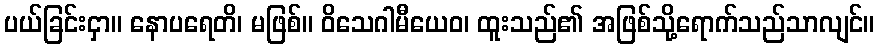
ပယ်ခြင်းငှာ။ နောပရေတိ၊ မဖြစ်။ ဝိသေဂါမီယေဝ၊ ထူးသည်၏ အဖြစ်သို့ရောက်သည်သာလျင်။